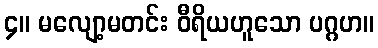
၄။ မလျော့မတင်း ဝီရိယဟူသော ပဂ္ဂဟ။